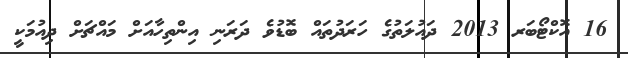
16 އޮކްޓޯބަރ 2013 ދައުލަތުގެ ހަރަދުތައް ބޮޑުވެ ދަރަނި އިންތިހާއަށް މައްޗަށް ދިއުމަކީ